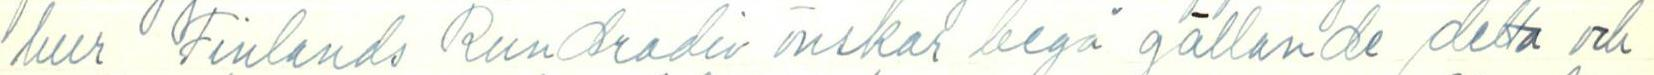
hur Finlands Rundradio önskar begå gällande detta och